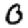
Digit: 0